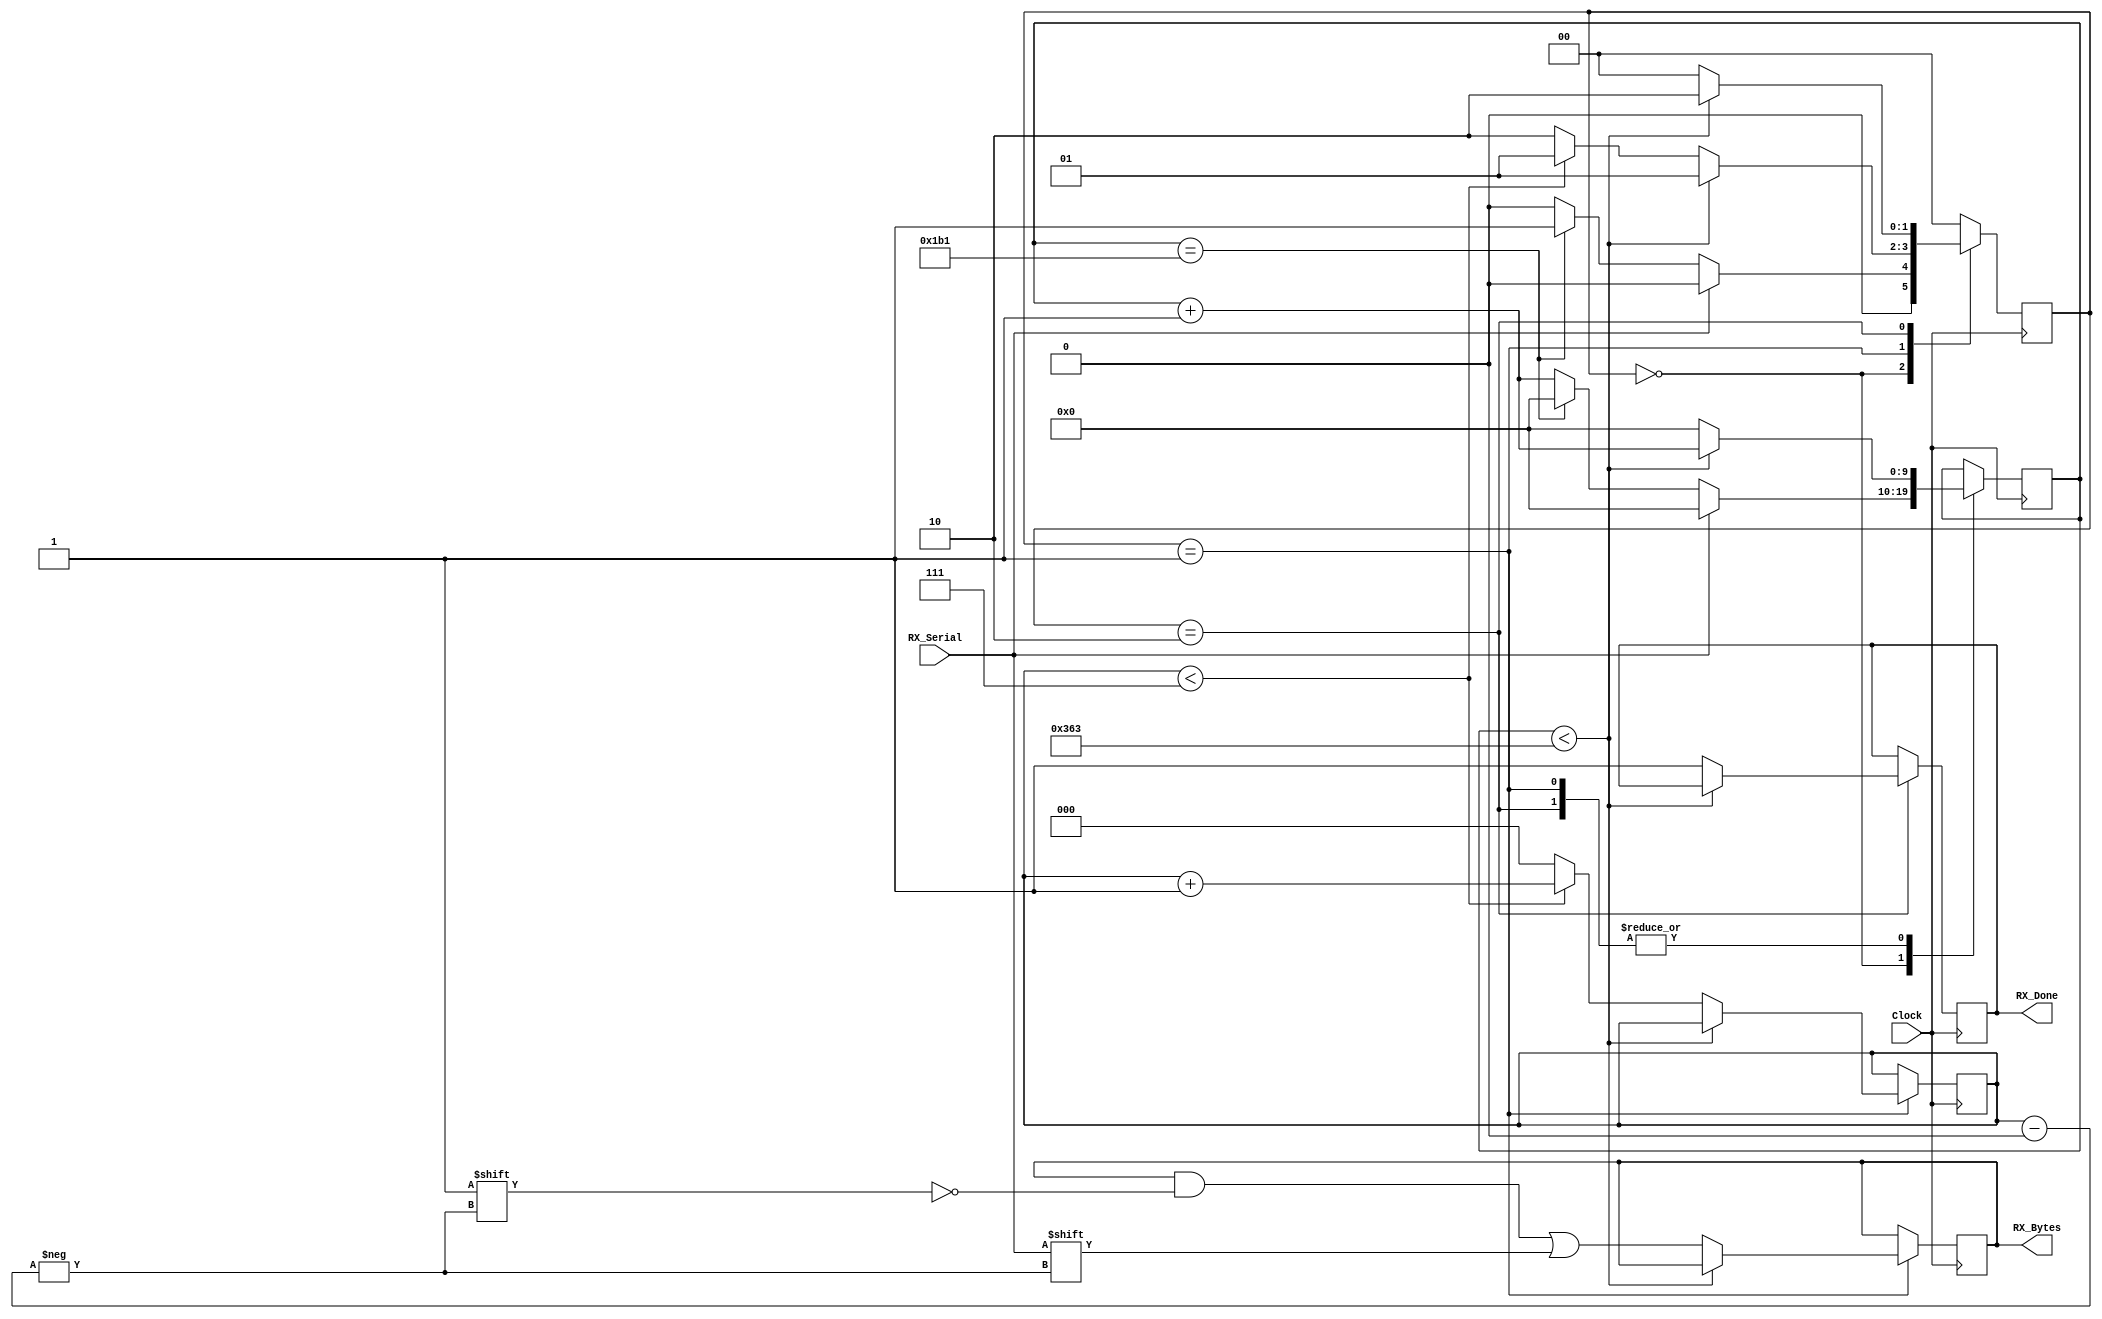
// CLKS_PER_BIT = (Frequency of Clock)/(Frequency of UART)
// Example: 100 MHz Clock, 115200 baud UART
// (100000000)/(115200) = 868

module UART_RX
  #(parameter CLKS_PER_BIT = 868) //100000000/115200
  (
   input        		Clock,
   input        		RX_Serial,
   //output reg	 		RX_Done_Out,
	output reg	 		RX_Done,
   //output reg	[7:0] RX_Bytes_Out
	output reg	[7:0] RX_Bytes
   );
   
  parameter RX_START_BIT = 2'b00;
  parameter RX_DATA_BITS = 2'b01;
  parameter RX_STOP_BIT  = 2'b10;
  
  reg [9:0]     r_Clock_Count = 0;
  reg [2:0]     r_Bit_Index   = 0; //8 bits total
  reg [1:0]     state     = 0;
  //reg				 RX_Done;
  //reg [7:0] 	 RX_Bytes;
  
 
  // Purpose: Control RX state machine
  always @(posedge Clock)
  begin
    case (state)
      RX_START_BIT :
        begin
			 if (RX_Serial == 1'b0)
          begin
				if (r_Clock_Count == (CLKS_PER_BIT-1)/2)
            begin
              r_Clock_Count <= 0;  // reset counter, found the middle
              state     <= RX_DATA_BITS;
            end
            else
				begin
				  r_Clock_Count <= r_Clock_Count + 1;
				  state     <= RX_START_BIT;
			   end
          end
          else
          begin
            r_Clock_Count <= 0;
            state     <= RX_START_BIT;
          end
        end // case: RX_START_BIT
      
      
      // Wait CLKS_PER_BIT-1 clock cycles to sample serial data
      RX_DATA_BITS :
        begin
          if (r_Clock_Count < CLKS_PER_BIT-1)
          begin
            r_Clock_Count <= r_Clock_Count + 1;
            state     <= RX_DATA_BITS;
          end
          else
          begin
            r_Clock_Count          <= 0;
            RX_Bytes[r_Bit_Index] <= RX_Serial;
            
            // Check if we have received all bits
            if (r_Bit_Index < 7)
            begin
              r_Bit_Index <= r_Bit_Index + 1;
              state   <= RX_DATA_BITS;
            end
            else
            begin
              r_Bit_Index <= 0;
              state   <= RX_STOP_BIT;
            end
          end
        end // case: RX_DATA_BITS
      
      
      // Receive Stop bit.  Stop bit = 1
      RX_STOP_BIT :
        begin
          // Wait CLKS_PER_BIT-1 clock cycles for Stop bit to finish
          if (r_Clock_Count < CLKS_PER_BIT-1)
          begin
            r_Clock_Count <= r_Clock_Count + 1;
     	    state     <= RX_STOP_BIT;
          end
          else
          begin
       	    RX_Done       <= 1'b1;
				 r_Clock_Count <= 0;
				 state     <= RX_START_BIT;
          end
        end // case: RX_STOP_BIT
      
      default :
        state <= RX_START_BIT;
    endcase
  end    
  
//assign RX_Done_Out   = RX_Done;
//assign RX_Bytes_Out = RX_Bytes;
  
endmodule // UART_RX